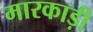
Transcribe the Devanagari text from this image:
मारकाड़ी